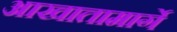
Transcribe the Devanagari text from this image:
आखातामार्गे